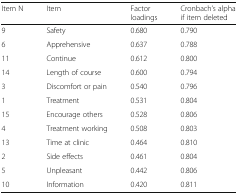
<table><thead><tr><td><b>Item N</b></td><td><b>Item</b></td><td><b>Factor loadings</b></td><td><b>Cronbach’s alpha if item deleted</b></td></tr></thead><tbody><tr><td>9</td><td>Safety</td><td>0.680</td><td>0.790</td></tr><tr><td>6</td><td>Apprehensive</td><td>0.637</td><td>0.788</td></tr><tr><td>11</td><td>Continue</td><td>0.612</td><td>0.800</td></tr><tr><td>14</td><td>Length of course</td><td>0.600</td><td>0.794</td></tr><tr><td>3</td><td>Discomfort or pain</td><td>0.540</td><td>0.796</td></tr><tr><td>1</td><td>Treatment</td><td>0.531</td><td>0.804</td></tr><tr><td>15</td><td>Encourage others</td><td>0.528</td><td>0.806</td></tr><tr><td>4</td><td>Treatment working</td><td>0.508</td><td>0.803</td></tr><tr><td>13</td><td>Time at clinic</td><td>0.464</td><td>0.810</td></tr><tr><td>2</td><td>Side effects</td><td>0.461</td><td>0.804</td></tr><tr><td>5</td><td>Unpleasant</td><td>0.442</td><td>0.806</td></tr><tr><td>10</td><td>Information</td><td>0.420</td><td>0.811</td></tr></tbody></table>